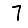
Digit: 7